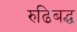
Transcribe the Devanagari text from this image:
रुढिबद्ध